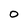
Character: O